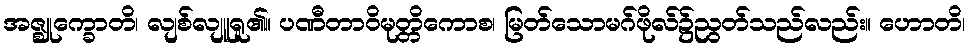
အဇ္ဈုက္ခောတိ၊ လျစ်လျူရူ၏။ ပဏီတာဝိမုတ္တိကောစ၊ မြတ်သောမဂ်ဖိုလ်၌ညွတ်သည်လည်း။ ဟောတိ၊